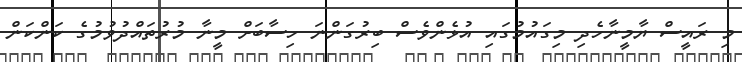
މި ރައީސް ޔާމީނާހެދި މިގައުމުގައި އުޅެންވެސް ބިރުގަންނަ ހިސާބަށް މީނާ މުރުތައްދުވުމުގެ ކަންކަން